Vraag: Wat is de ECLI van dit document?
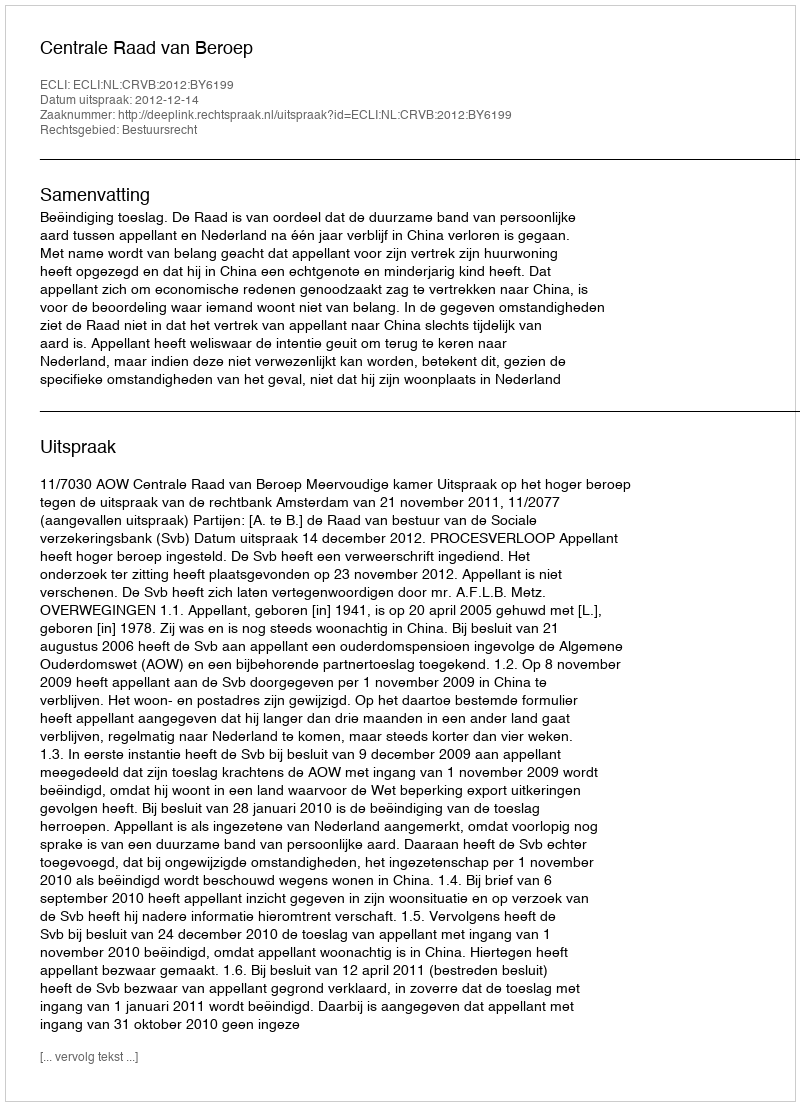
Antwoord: ECLI:NL:CRVB:2012:BY6199